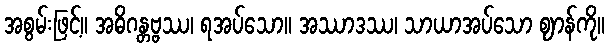
အစွမ်းဖြင့်။ အဓိဂန္တဗ္ဗဿ၊ ရအပ်သော။ အဿာဒဿ၊ သာယာအပ်သော ဈာန်ကို။